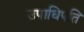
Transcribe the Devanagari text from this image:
उपाधिपति